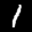
Label: 1